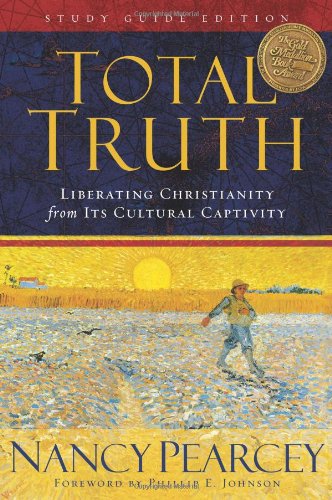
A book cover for Total Truth (Study Guide Edition): Liberating Christianity from Its Cultural Captivity; Nancy Pearcey; Christian Books & Bibles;